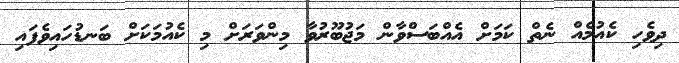
ދިވެހި ކެއުމެއް ނެތް ކަމަށް އެއްބަސްވާން މަޖުބޫރުވާ މިންވަރަށް މި ކެއުމަކަށް ބަނޑުހައިވެފައި